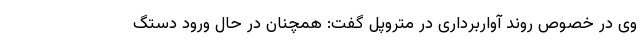
وی در خصوص روند آواربرداری در متروپل گفت: همچنان در حال ورود دستگ